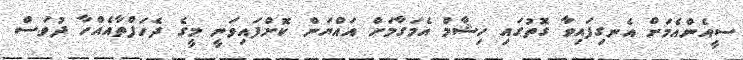
ސީއެންއެމަށް އެނގިފައިވާ ގޮތުގައި ހިޝާމް އެމަގާމަށް އައްޔަން ކޮށްފައިވަނީ މީގެ ދެހަފްތާއެއްހާ ދުވަސް